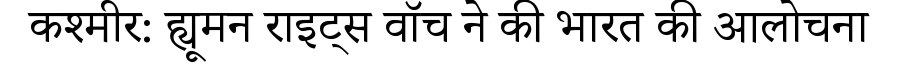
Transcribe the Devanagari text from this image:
कश्मीर: ह्यूमन राइट्स वॉच ने की भारत की आलोचना